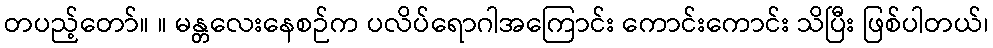
တပည့်တော်။ ။ မန္တလေးနေစဉ်က ပလိပ်ရောဂါအကြောင်း ကောင်းကောင်း သိပြီး ဖြစ်ပါတယ်၊